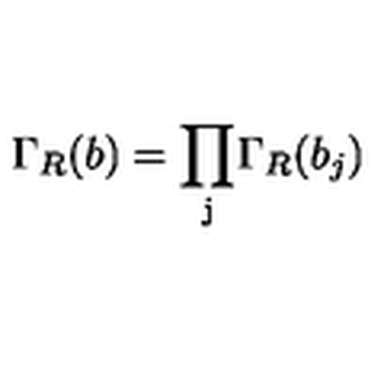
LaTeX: \Gamma _ { R } ( b ) = \mathrm { \prod _ j } \Gamma _ { R } ( b _ { j } )